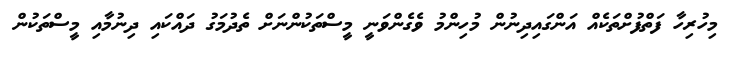
މިހުރިހާ ފަތްފުށްތަކެއް އަންގައިދިނުން މުހިންމު ވެގެންވަނީ މީސްތަކުންނަށް ތެދުމަގު ދައްކައި ދިނުމާއި މީސްތަކުން